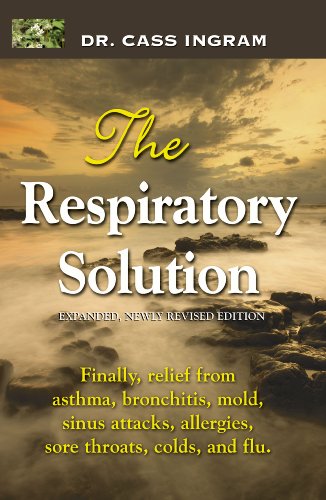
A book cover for The Respiratory Solution (Expanded, Newly Revised Edition); Dr. Cass Ingram; Health, Fitness & Dieting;